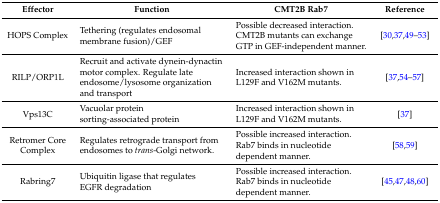
<table><thead><tr><td><b>Effector</b></td><td><b>Function</b></td><td><b>CMT2B Rab7</b></td><td><b>Reference</b></td></tr></thead><tbody><tr><td>HOPS Complex</td><td>Tethering (regulates endosomal membrane fusion)/GEF</td><td>Possible decreased interaction. CMT2B mutants can exchange GTP in GEF-independent manner.</td><td>[30,37,49,50,51,52,53]</td></tr><tr><td>RILP/ORP1L</td><td>Recruit and activate dynein-dynactin motor complex. Regulate late endosome/lysosome organization and transport</td><td>Increased interaction shown in L129F and V162M mutants.</td><td>[37,54,55,56,57]</td></tr><tr><td>Vps13C</td><td>Vacuolar protein sorting-associated protein</td><td>Increased interaction shown in L129F and V162M mutants.</td><td>[37]</td></tr><tr><td>Retromer Core Complex</td><td>Regulates retrograde transport from endosomes to <i>trans</i>-Golgi network.</td><td>Possible increased interaction. Rab7 binds in nucleotide dependent manner.</td><td>[58,59]</td></tr><tr><td>Rabring7</td><td>Ubiquitin ligase that regulates EGFR degradation</td><td>Possible increased interaction. Rab7 binds in nucleotide dependent manner.</td><td>[45,47,48,60]</td></tr></tbody></table>